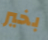
بخير